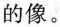
的像。